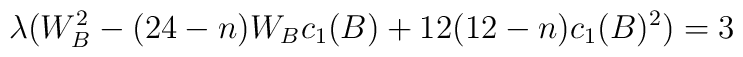
\lambda( W_{B}^{2}- (24-n)W_{B}c_{1}(B)+12(12-n)c_{1}(B)^{2})=3